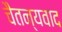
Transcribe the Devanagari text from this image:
चैतन्यवाद